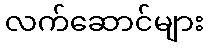
လက်ဆောင်များ